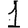
Digit: 1